system: You are a helpful assistant.
user:
Analyze the provided spectrum to determine if it is a **M-type Giant (gM)**.

A M-type Giant spectrum is defined by its **strong molecular absorption** features, particularly from **Titanium Oxide (TiO)**. You must check for one of the following mutually exclusive signatures:

- **Key Visual Indicators (Absorption-Dominated Spectrum):**

    - **(Primary):** The spectrum is dominated by strong molecular absorption from **Titanium Oxide (TiO)**. This is the **defining feature** of its M-type temperature class.
        - **(Key Bandheads):** Look for sharp, "saw-tooth" absorption valleys. The strongest are located near **~7050 Å**, **~6160 Å**, and **~5170 Å**.
        - **(Line Profile):** The "saw-tooth" morphology is critical: a **sharp, steep drop on the BLUE (short-wavelength) side** of the bandhead, followed by a gradual recovery (rising flux) towards the RED (long-wavelength) side.

    - **(Key Confirmation - Giant vs. Dwarf):** **ABSENCE** of strong **Calcium Hydride (CaH)** molecular bands. This is the primary diagnostic for *excluding* M-dwarfs.
        - **(Key Region):** The spectrum should lack the strong, broad absorption band seen in dwarfs between **~6800 Å and ~7000 Å**.

    - **(Secondary Confirmation - Giant):** A very strong and broad **Neutral Calcium (Ca I)** atomic absorption line.
        - **(Key Line):** Located at **~4226 Å**. In a giant (gM), this line is significantly deeper and broader than the same line in an M-dwarf (dM) due to low surface gravity.

    - **(Overall Spectrum):**
        - The continuum is **extremely red-sloping** (i.e., flux is very low in the blue and rises dramatically towards the red).
        - The entire spectrum appears "chopped up" by the deep TiO bands.

Think first, call **spectral_visualization_tool** if needed to examine features in detail, then provide your final answer. Your response must adhere to the following strict rules:
1.  **Overall Structure:** Your response must follow the format `<think>...</think> <tool_call>...</tool_call> (if a tool is used) <answer>...</answer>`.
2.  **Tool Usage Constraint:** You may only make **one** tool call per turn.
3.  **Final Answer Format:** In the `<answer>` tag, your conclusion must be inside a `\boxed{}` command (e.g., `\boxed{YES}` or `\boxed{NO}`), followed by your justification.

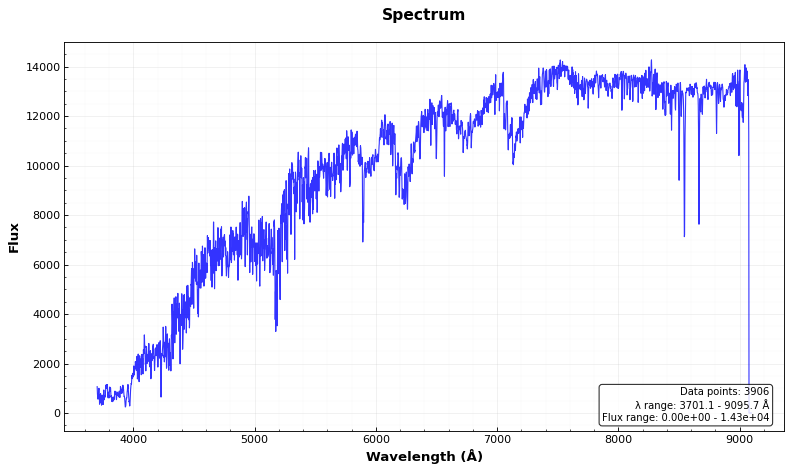
Answer: YES